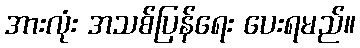
အားလုံး အသစ်ပြန်ရေး ပေးရမည်။